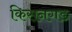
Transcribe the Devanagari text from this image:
किसनगड